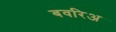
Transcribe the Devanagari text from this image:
बवरिअ